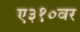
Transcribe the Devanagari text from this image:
ए३१०वर